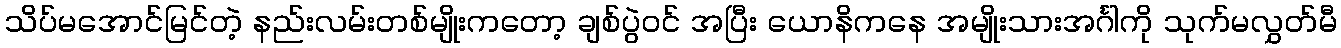
သိပ်မအောင်မြင်တဲ့ နည်းလမ်းတစ်မျိုးကတော့ ချစ်ပွဲဝင် အပြီး ယောနိကနေ အမျိုးသားအင်္ဂါကို သုက်မလွှတ်မီ